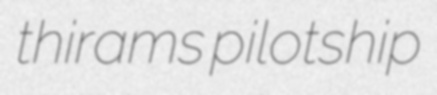
thirams pilotship